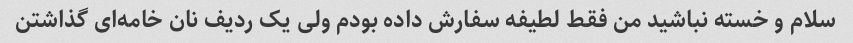
سلام و خسته نباشید من فقط لطیفه سفارش داده بودم ولی یک ردیف نان خامه‌ای گذاشتن